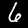
Label: 6